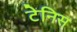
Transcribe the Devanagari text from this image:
टेनिस